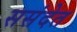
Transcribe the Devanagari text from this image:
ससंदेत